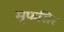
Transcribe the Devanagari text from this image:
मुफसिर